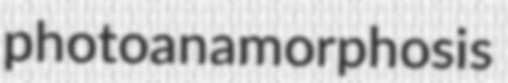
photoanamorphosis